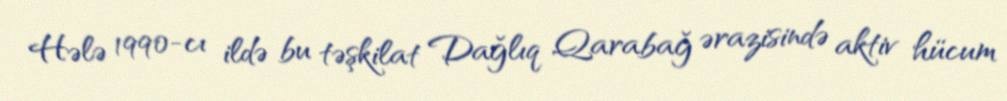
Hələ 1990-cı ildə bu təşkilat Dağlıq Qarabağ ərazisində aktiv hücum